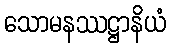
သောမနဿဋ္ဌာနိယံ